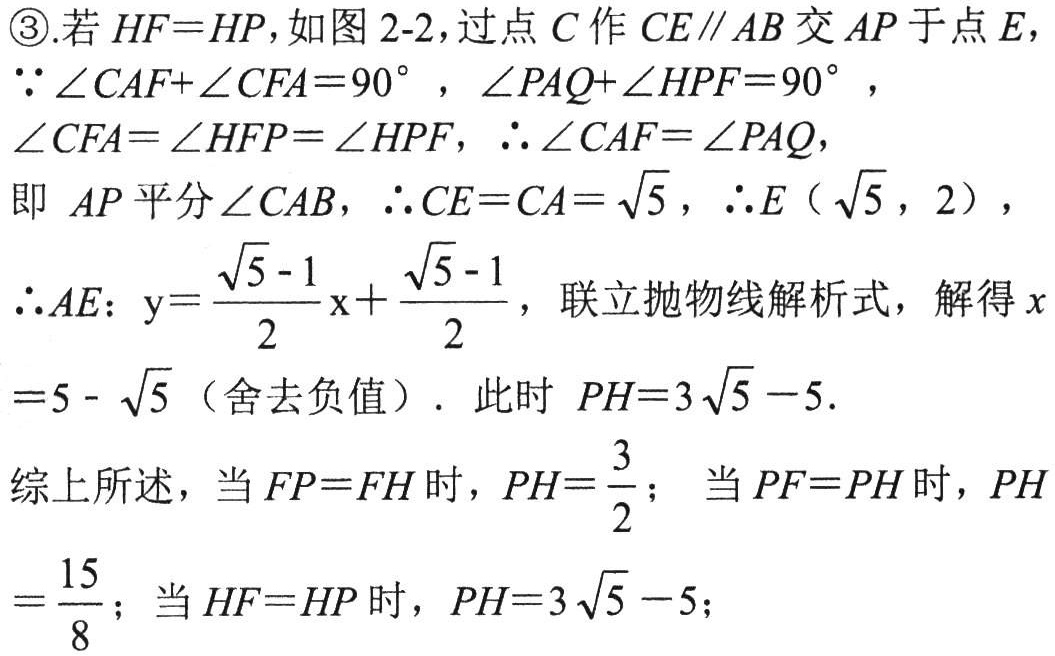
\textcircled{3}.若$HF = HP$，如图2-2，过点$C$作$CE\parallel AB$交$AP$于点$E$，
$\because\angle CAF+\angle CFA = 90^{\circ}$，$\angle PAQ+\angle HPF = 90^{\circ}$，
$\angle CFA=\angle HFP=\angle HPF$，$\therefore\angle CAF=\angle PAQ$，
即$AP$平分$\angle CAB$，$\therefore CE = CA=\sqrt{5}$，$\therefore E（\sqrt{5},2）$，
$\therefore AE$：$\text{y}=\dfrac{\sqrt{5}-1}{2}\text{x}+\dfrac{\sqrt{5}-1}{2}$，联立抛物线解析式，解得$x = 5-\sqrt{5}$（舍去负值）. 此时$PH = 3\sqrt{5}-5$.
综上所述，当$FP = FH$时，$PH=\dfrac{3}{2}$； 当$PF = PH$时，$PH=\dfrac{15}{8}$；当$HF = HP$时，$PH = 3\sqrt{5}-5$；